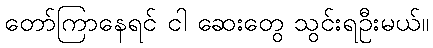
တော်ကြာနေရင် ငါ ဆေးတွေ သွင်းရဦးမယ်။